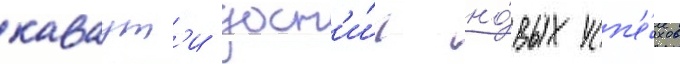
каваут'и дост'и́г но́вых усп'е́хов